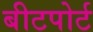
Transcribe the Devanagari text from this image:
बीटपोर्ट